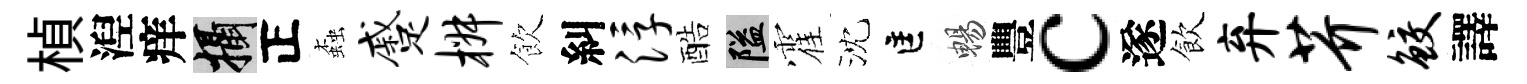
楨湼痒攝正螙蹙椒飲糾浮酷隘霍沈匡暢豐c遂飲弃芥鲛譯